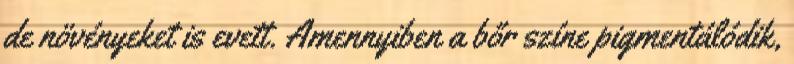
de növényeket is evett. Amennyiben a bőr színe pigmentálódik,